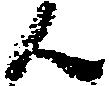
ん